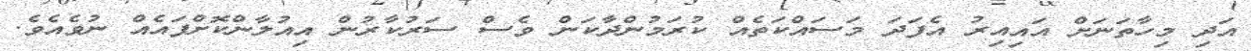
އަދި މިހާތަނަށް އައިއިރު އެފަދަ މަސައްކަތެއް ކުރަމުންދާކަން ވެސް ސަރުކާރުން އިއުލާންކޮށްފައެއް ނުވެއެވެ.